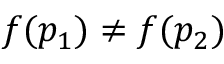
f ( p _ { 1 } ) \neq f ( p _ { 2 } )